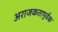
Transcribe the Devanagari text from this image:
अराजकतापूर्वक